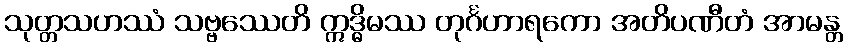
သုတ္တသဟဿံ သဗ္ဗဿေတိ ဣဒ္ဓိမဿ တုင်္ဂဟာရကော အတိပဏီတံ အာမန္တ